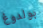
بولدوغ